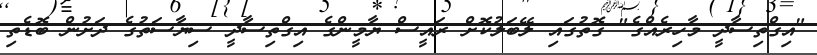
"އިގްތިސާދީ މާހިރެއްގެ" ގޮތުގައި ލޭބަލުކޮށް ރައީސް ޔާމީންގެ އިގްތިސާދީ ސިޔާސަތުގެ ދަށުން ބޮޑެތި